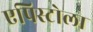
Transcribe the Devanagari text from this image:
एपिस्टोला